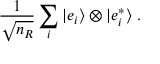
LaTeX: { \frac { 1 } { \sqrt { n _ { R } } } } \sum _ { i } | e _ { i } \rangle \otimes | e _ { i } ^ { * } \rangle ~ .